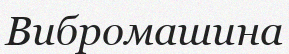
Вибромашина